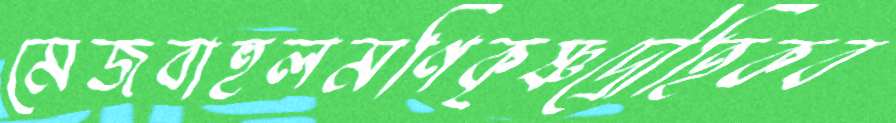
মেজবাহুলমণিকৃষ্ণদ্রৌহিকব